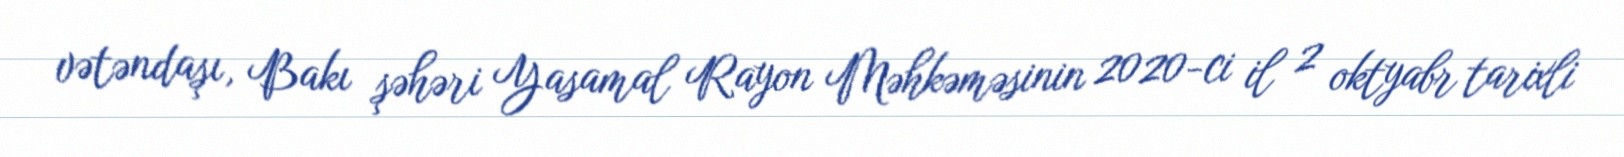
vətəndaşı, Bakı şəhəri Yasamal Rayon Məhkəməsinin 2020-ci il 2 oktyabr tarixli